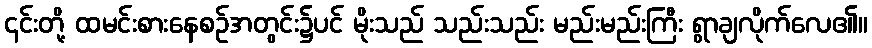
၎င်းတို့ ထမင်းစားနေစဉ်အတွင်း၌ပင် မိုးသည် သည်းသည်း မည်းမည်းကြီး ရွာချလိုက်လေ၏။